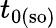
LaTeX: t_{0(\mathrm{so)}}